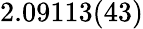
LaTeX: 2.09113(43)